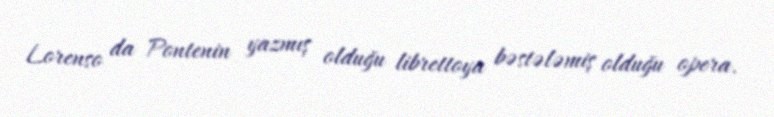
Lorenso da Pontenin yazmış olduğu librettoya bəstələmiş olduğu opera.